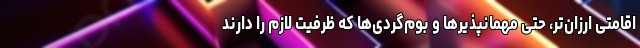
اقامتی ارزان‌تر، حتی مهمانپذیرها و بوم‌گردی‌ها که ظرفیت لازم را دارند